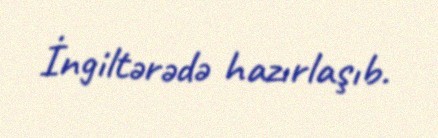
İngiltərədə hazırlaşıb.